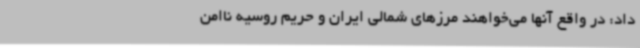
داد: در واقع آنها می‌خواهند مرزهای شمالی ایران و حریم روسیه ناامن